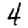
Digit: 4